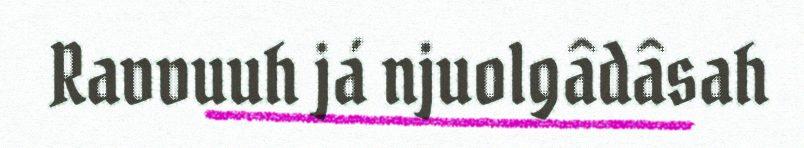
Ravvuuh já njuolgâdâsah